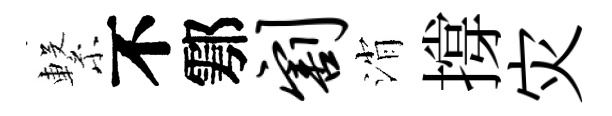
繋不鄠割消撐灾